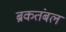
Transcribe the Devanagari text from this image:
ब्रकतंबल